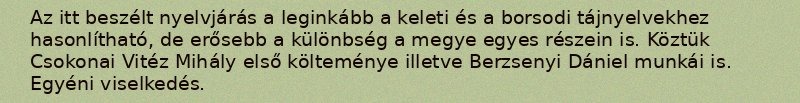
Az itt beszélt nyelvjárás a leginkább a keleti és a borsodi tájnyelvekhez hasonlítható, de erősebb a különbség a megye egyes részein is. Köztük Csokonai Vitéz Mihály első költeménye illetve Berzsenyi Dániel munkái is. Egyéni viselkedés.